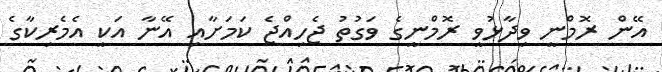
އޭން ރޮމްނީ ވިދާޅުވީ ރޮމްނީގެ ވަގުތު ޖެހިއްޖެ ކަމަށާއި އޭނާ އަކީ އެމެރިކާގެ